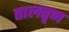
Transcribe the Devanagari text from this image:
तालतृण